Lunatic asylums United Provinces 1899-1908 - 1899-1908
Year: 1899
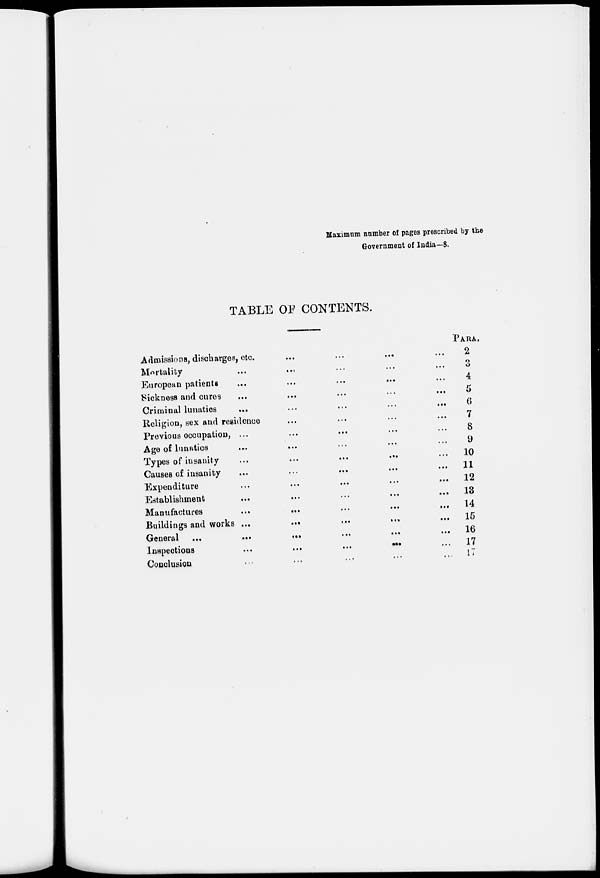
Maximum number of pages prescribed by the
Government of India—8.
TABLE OF CONTENTS.
Admissions, discharges, etc. ... ... ... ...
Mortality ... ... ... ... ...
European patients
...
...
...
... ...
Sickness and cures
...
...
...
...
...
Criminal lunatics
...
...
...
...
...
Religion, sex and residence ... ... ... ...
Previous occupation, ... ... ... ... ...
Age of lunatics ... ... ... ... ...
Types of insanity ... ... ... ... ...
Causes of insanity ... ... ... ... ...
Expenditure ... ... ... ... ...
Establishment ... ... ... ... ...
Manufactures
...
...
...
...
...
Buildings and works ...
...
...
...
General ... ... ... ... ...
Inspections
...
...
...
...
...
Conclusion ... ... ... ... ...
PARA.
2
3
4
5
6
7
8
9
10
11
12
13
14
15
16
17
17